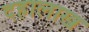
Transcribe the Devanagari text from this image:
दहालाख